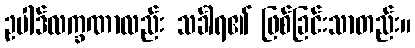
ဥပါဒ်လက္ခဏာလည်း သင်္ခါရ၏ ဖြစ်ခြင်းသာတည်း။